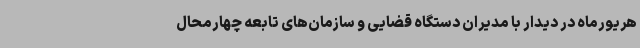
هریورماه در دیدار با مدیران دستگاه قضایی و سازمان‌های تابعه چهارمحال